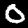
Digit: 0